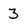
Character: 3